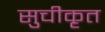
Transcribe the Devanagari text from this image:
सुचीकृत